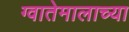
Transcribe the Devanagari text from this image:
ग्वातेमालाच्या